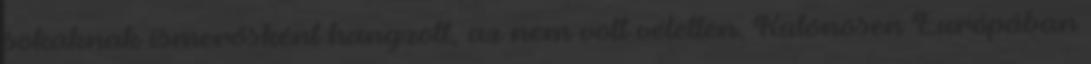
sokaknak ismerősként hangzott, az nem volt véletlen. Különösen Európában